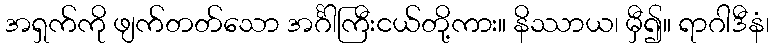
အရှက်ကို ဖျက်တတ်သော အင်္ဂါကြီးငယ်တို့ကား။ နိဿာယ၊ မှီ၍။ ရာဂါဒီနံ၊